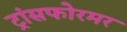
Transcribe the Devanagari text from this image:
ट्रांसफोरमर